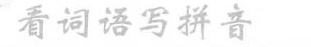
看词语写拼音